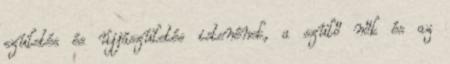
születés és újjászületés istenének, a szülő nők és az